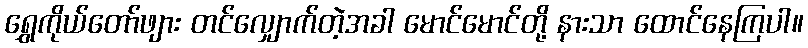
ရွှေကိုယ်တော်ဖျား တင်လျှောက်တဲ့အခါ မောင်မောင်တို့ နားသာ ထောင်နေကြပါ။